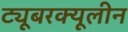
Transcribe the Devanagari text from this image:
ट्यूबरक्यूलीन